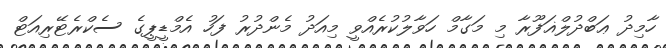
ހާމިދު ޢަބްދުލްޣަފޫރާ މި މަގާމް ހަވާލުކުރެއްވީ މިއަދު މެންދުރު ފަހު އެމްޑީޕީގެ ސެކްރެޓޭރިއަޓް